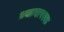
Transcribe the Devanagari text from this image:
ध्यानापरक